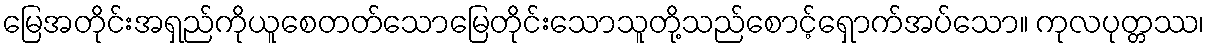
မြေအတိုင်းအရှည်ကိုယူစေတတ်သောမြေတိုင်းသောသူတို့သည်စောင့်ရှောက်အပ်သော။ ကုလပုတ္တဿ၊